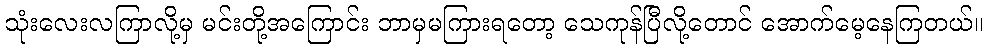
သုံးလေးလကြာလို့မှ မင်းတို့အကြောင်း ဘာမှမကြားရတော့ သေကုန်ပြီလို့တောင် အောက်မေ့နေကြတယ်။